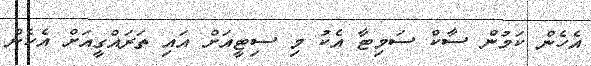
އެހެން ކަމުން ސާކް ސަމިޓާ އެކު މި ސިޓީއަށް އައި ތަރައްގީއަށް އެހެން